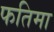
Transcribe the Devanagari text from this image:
फतिमा